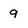
Character: 9